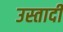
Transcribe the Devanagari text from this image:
उस्तादी